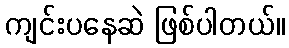
ကျင်းပနေဆဲ ဖြစ်ပါတယ်။